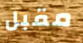
مقبل